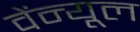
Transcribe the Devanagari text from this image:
वेंन्यूल